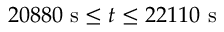
2 0 8 8 0 \ \mathrm { s } \leq t \leq 2 2 1 1 0 \ \mathrm { s }